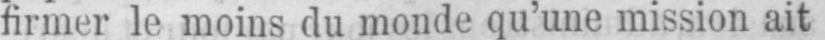
firmer le moins du monde qu’une mission ait